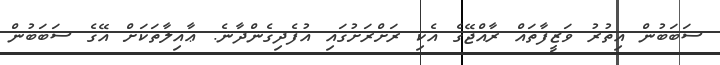
ސަބަބުން އިތުރު ވަޒީފާތައް ރާއްޖޭގެ އެކި ރަށްރަށުގައި އުފެދިގެންދާނެ. ޢާއިލާތަކަށް އޭގެ ސަބަބުން